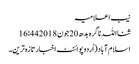
نیب اعلامیہ
ثنااللہ ناگرہ بدھ 20 جون 2018 16:44
اسلام آباد(اُردوپوائنٹ اخبارتازہ ترین۔